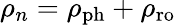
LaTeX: \rho_{n}=\rho_{\mathrm{ph}}+\rho_{\mathrm{ro}}